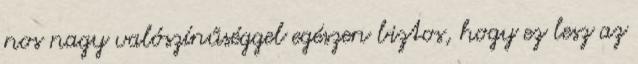
nos nagy valószínűséggel egészen biztos, hogy ez lesz az